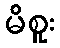
မိစူး